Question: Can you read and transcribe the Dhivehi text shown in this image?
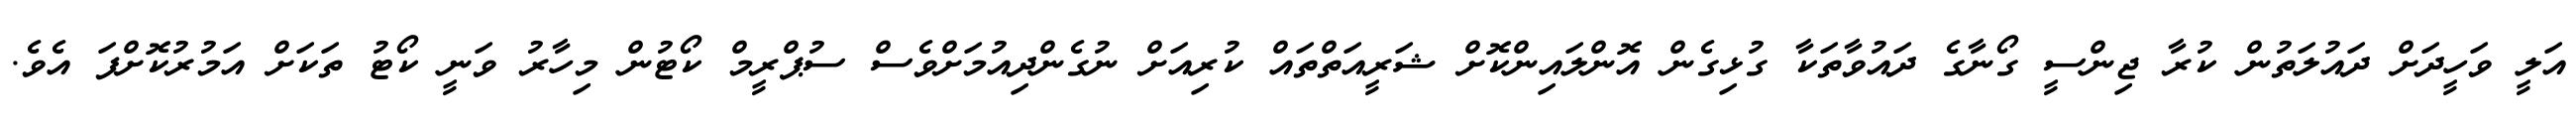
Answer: އަލީ ވަހީދަށް ދައުލަތުން ކުރާ ޖިންސީ ގޯނާގެ ދައުވާތަކާ ގުޅިގެން އޮންލައިންކޮށް ޝަރީއަތްތައް ކުރިއަށް ނުގެންދިއުމަށްވެސް ސުޕްރީމް ކޯޓުން މިހާރު ވަނީ ކޯޓު ތަކަށް އަމުރުކޮށްފަ އެވެ.